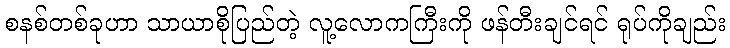
စနစ်တစ်ခုဟာ သာယာစိုပြည်တဲ့ လူ့လောကကြီးကို ဖန်တီးချင်ရင် ရုပ်ကိုချည်း